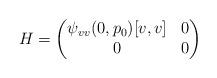
LaTeX: \begin{align*}H = \begin{pmatrix}\psi_{vv}(0,p_0)[v,v]& 0\\ 0&0\end{pmatrix}\end{align*}